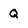
Character: Q